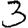
Digit: 3